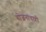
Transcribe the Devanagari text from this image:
योजनांचाही